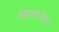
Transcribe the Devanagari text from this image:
विशलतेचा